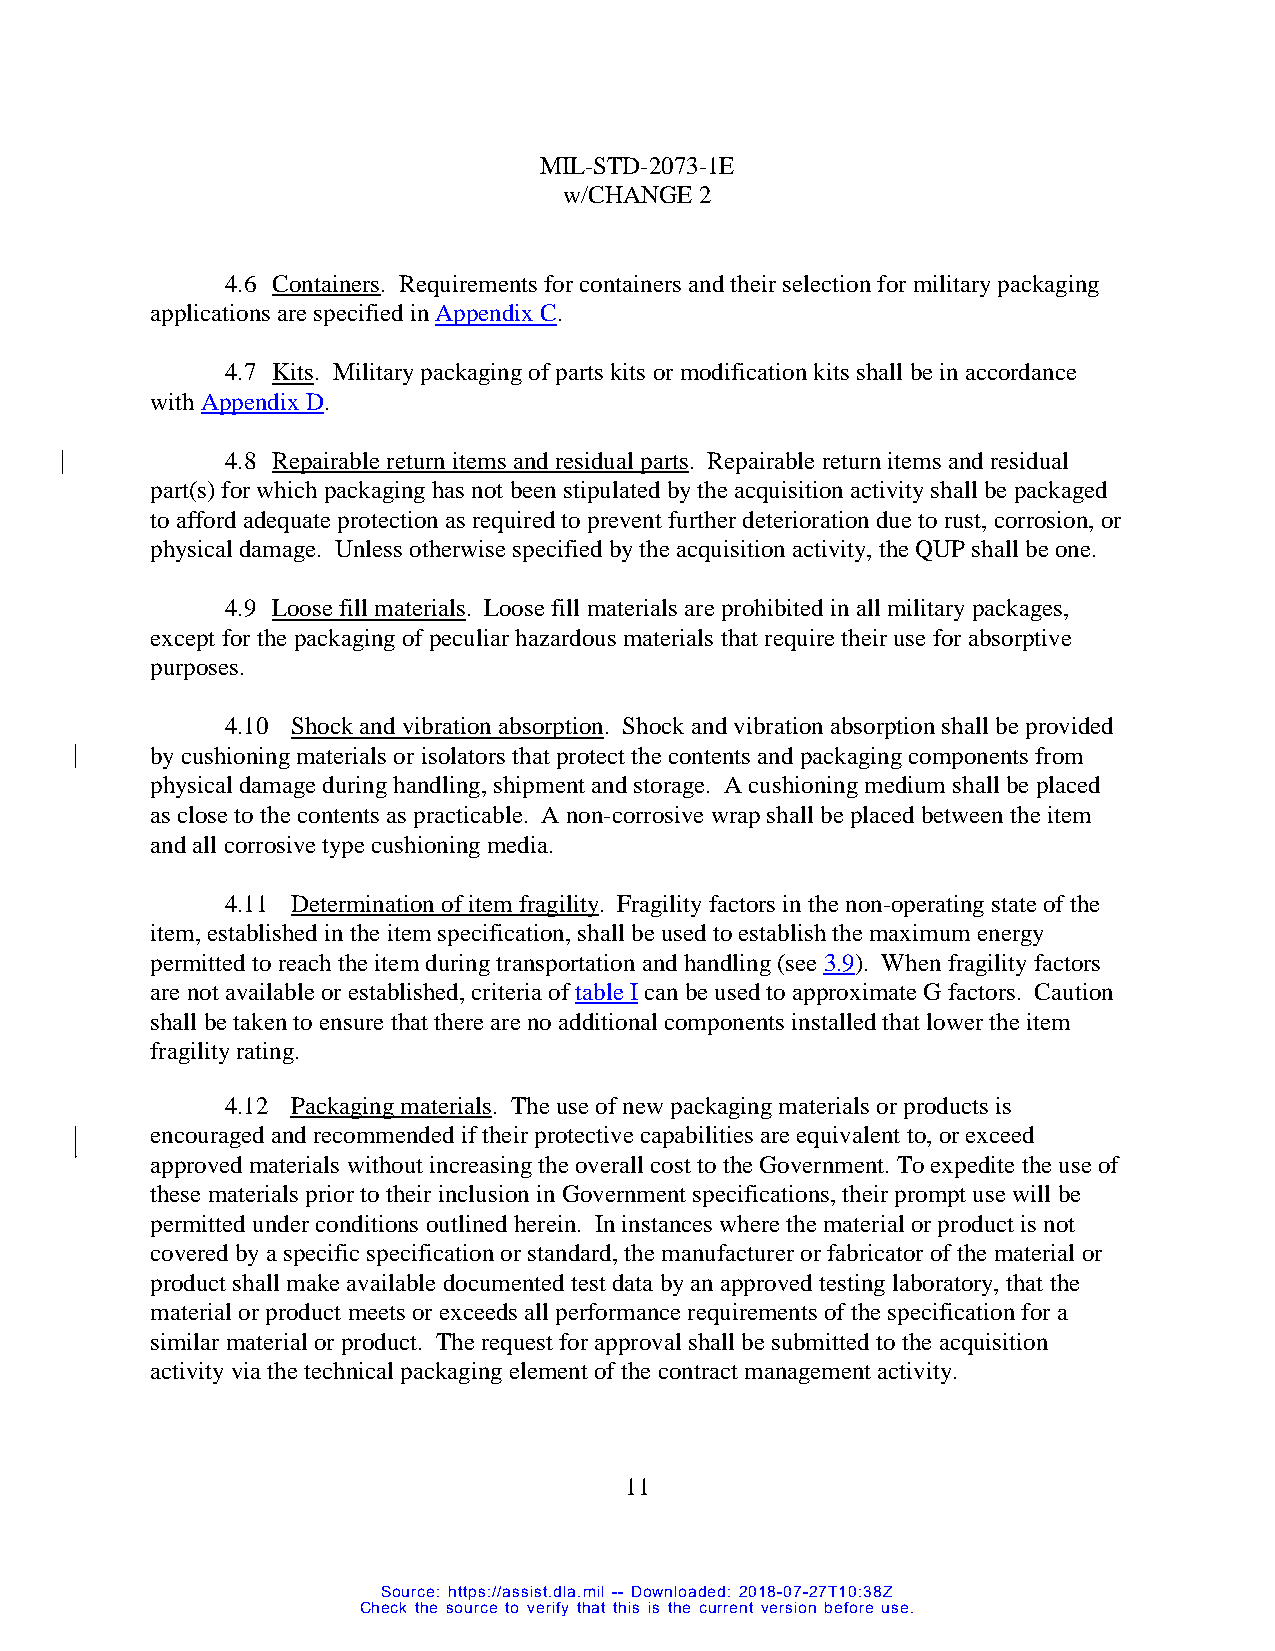
MIL-STD-2073-1E
 w/CHANGE 2
 4.6 Containers. Requirements for containers and their selection for military packaging
 applications are specified in Appendix C.
 4.7 Kits. Military packaging of parts kits or modification kits shall be in accordance
 with Appendix D.
 4.8 Repairable return items and residual parts. Repairable return items and residual
 part(s) for which packaging has not been stipulated by the acquisition activity shall be packaged
 to afford adequate protection as required to prevent further deterioration due to rust, corrosion, or
 physical damage. Unless otherwise specified by the acquisition activity, the QUP shall be one.
 4.9 Loose fill materials. Loose fill materials are prohibited in all military packages,
 except for the packaging of peculiar hazardous materials that require their use for absorptive
 purposes.
 4.10 Shock and vibration absorption. Shock and vibration absorption shall be provided
 by cushioning materials or isolators that protect the contents and packaging components from
 physical damage during handling, shipment and storage. A cushioning medium shall be placed
 as close to the contents as practicable. A non-corrosive wrap shall be placed between the item
 and all corrosive type cushioning media.
 4.11 Determination of item fragility. Fragility factors in the non-operating state of the
 item, established in the item specification, shall be used to establish the maximum energy
 permitted to reach the item during transportation and handling (see 3.9). When fragility factors
 are not available or established, criteria of table I can be used to approximate G factors. Caution
 shall be taken to ensure that there are no additional components installed that lower the item
 fragility rating.
 4.12 Packaging materials. The use of new packaging materials or products is
 encouraged and recommended if their protective capabilities are equivalent to, or exceed
 approved materials without increasing the overall cost to the Government. To expedite the use of
 these materials prior to their inclusion in Government specifications, their prompt use will be
 permitted under conditions outlined herein. In instances where the material or product is not
 covered by a specific specification or standard, the manufacturer or fabricator of the material or
 product shall make available documented test data by an approved testing laboratory, that the
 material or product meets or exceeds all performance requirements of the specification for a
 similar material or product. The request for approval shall be submitted to the acquisition
 activity via the technical packaging element of the contract management activity.
 11
 Source: https://assist.dla.mil -- Downloaded: 2018-07-27T10:38Z
 Check the source to verify that this is the current version before use.